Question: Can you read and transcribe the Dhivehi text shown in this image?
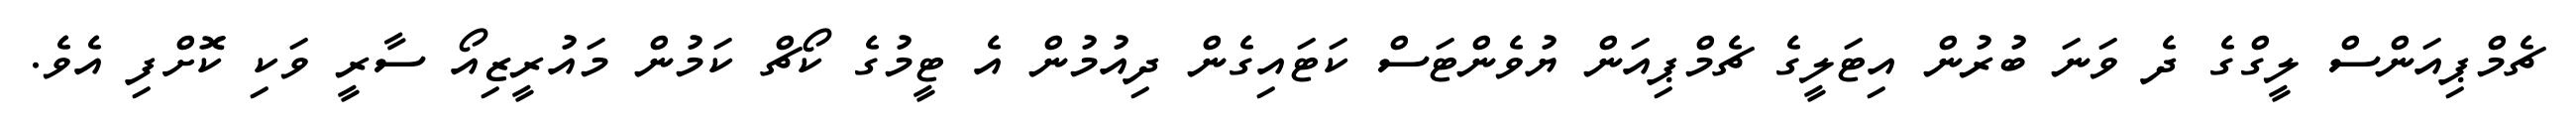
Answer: ޗެމްޕިއަންސް ލީގްގެ ދެ ވަނަ ބުރުން އިޓަލީގެ ޗެމްޕިއަން ޔުވެންޓަސް ކަޓައިގެން ދިއުމުން އެ ޓީމުގެ ކޯޗް ކަމުން މައުރީޒިއޯ ސާރީ ވަކި ކޮށްފި އެވެ.